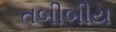
તબીબીય